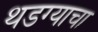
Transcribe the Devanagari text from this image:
थडग्याचा